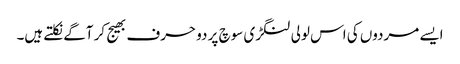
ایسے مردوں کی اس لولی لنگڑی سوچ پر دو حرف بھیج کر آگے نکلتے ہیں۔